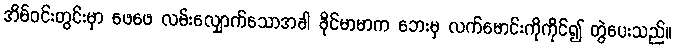
အိမ်ဝင်းတွင်းမှာ ဖေဖေ လမ်းလျှောက်သောအခါ ခိုင်မာမာက ဘေးမှ လက်မောင်းကိုကိုင်၍ တွဲပေးသည်။